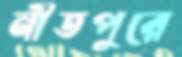
নীতপুরে